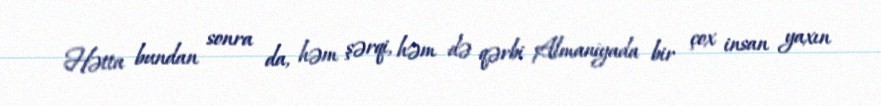
Hətta bundan sonra da, həm şərqi, həm də qərbi Almaniyada bir çox insan yaxın